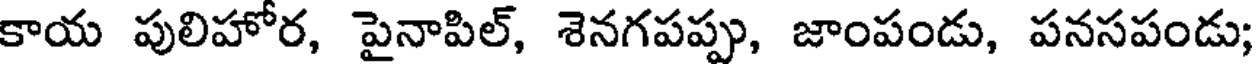
కాయ పులిహోర, పైనాపిల్, శెనగపప్పు, జాంపండు, పనసపండు;